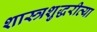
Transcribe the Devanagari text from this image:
शास्त्रशुद्धरीत्या